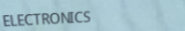
ELECTRONICS